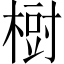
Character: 𣗳